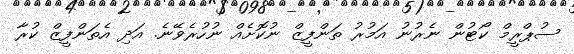
ސުޕްރީމް ކޯޓުން ނެރުނު އަމުރު ތަންފީޒް ނުކޮށެއް ނުހުރެވޭނެ. އަދި އެތަންފީޒް ކުރާ